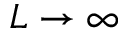
L \to \infty